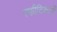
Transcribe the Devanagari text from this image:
स्फीटिकाओं